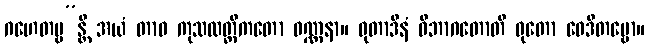
ဂဟေတဗ္ဗ”န္တိ အယံ တာဝ ကုသလတ္တိကတော ဝဏ္ဏနာ။ ဓုတာဒီနံ ဝိဘာဂတောတိ ဓုတော ဝေဒိတဗ္ဗော။